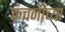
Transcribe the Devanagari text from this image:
कंचनीच्या